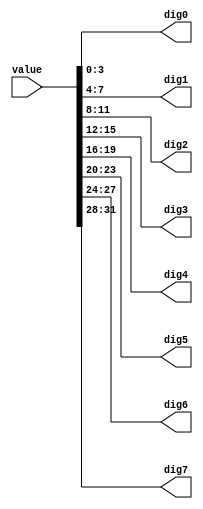
`timescale 1ns / 1ps
//////////////////////////////////////////////////////////////////////////////////
// Company: 
// Engineer: 
// 
// Design Name: 
// Module Name: bin32_to_8hexs
// Project Name: 
// Target Devices: 
// Tool Versions: 
// Description: 
// 
// Dependencies: 
// 
// Revision:
// Revision 0.01 - File Created
// Additional Comments:
// 
//////////////////////////////////////////////////////////////////////////////////

module bin32_to_8hex( 
    input wire [31:0] value, 
    output wire [3:0] dig0, 
    output wire [3:0] dig1, 
    output wire [3:0] dig2, 
    output wire [3:0] dig3, 
    output wire [3:0] dig4, 
    output wire [3:0] dig5, 
    output wire [3:0] dig6, 
    output wire [3:0] dig7 
    ); 
    //    assign dig0 = value % 10; 
    //    assign dig1 = (value / 10) % 10; 
    //    assign dig2 = (value / 100) % 10; 
    //    assign dig3 = (value / 1000) % 10; 
    //    assign dig4 = (value / 10000) % 10; 
    //    assign dig5 = (value / 100000) % 10; 
    //    assign dig6 = (value / 1000000) % 10; 
    //    assign dig7 = (value / 10000000) % 10;

    // assign dig0 = value                    % (1 << 4); 
    // assign dig1 = (value / (1 << (4 * 1))) % (1 << 4); 
    // assign dig2 = (value / (1 << (4 * 2))) % (1 << 4); 
    // assign dig3 = (value / (1 << (4 * 3))) % (1 << 4); 
    // assign dig4 = (value / (1 << (4 * 4))) % (1 << 4); 
    // assign dig5 = (value / (1 << (4 * 5))) % (1 << 4); 
    // assign dig6 = (value / (1 << (4 * 6))) % (1 << 4); 
    // assign dig7 = (value / (1 << (4 * 7))) % (1 << 4);

//     assign dig0 = value              % (1 << 4); 
//     assign dig1 = (value >> (4 * 1)) % (1 << 4); 
//     assign dig2 = (value >> (4 * 2)) % (1 << 4); 
//     assign dig3 = (value >> (4 * 3)) % (1 << 4); 
//     assign dig4 = (value >> (4 * 4)) % (1 << 4); 
//     assign dig5 = (value >> (4 * 5)) % (1 << 4); 
//     assign dig6 = (value >> (4 * 6)) % (1 << 4); 
//     assign dig7 = (value >> (4 * 7)) % (1 << 4);

    assign {dig7, dig6, dig5, dig4, dig3, dig2, dig1, dig0} = value;
endmodule